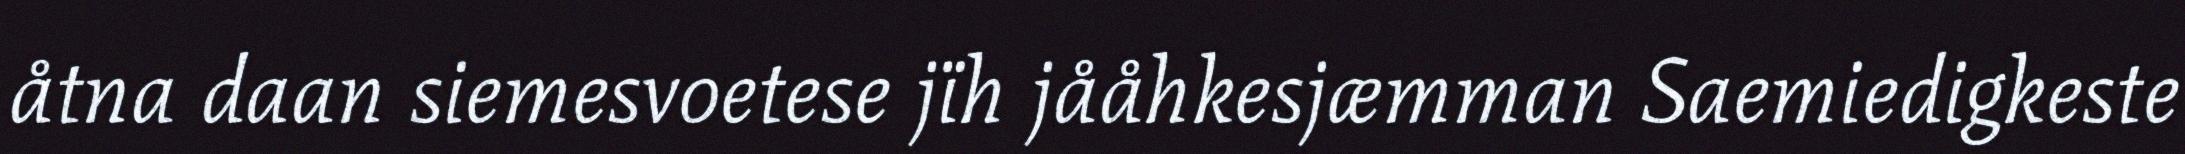
åtna daan siemesvoetese jïh jååhkesjæmman Saemiedigkeste